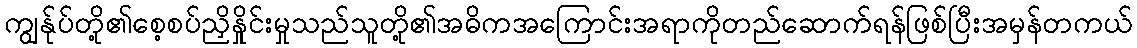
ကျွန်ုပ်တို့၏စေ့စပ်ညှိနှိုင်းမှုသည်သူတို့၏အဓိကအကြောင်းအရာကိုတည်ဆောက်ရန်ဖြစ်ပြီးအမှန်တကယ်